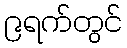
၉ရက်တွင်